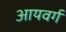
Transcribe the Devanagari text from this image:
आयवर्ग